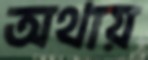
অথায়